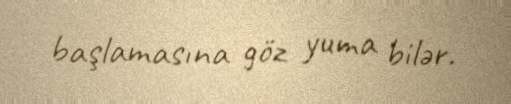
başlamasına göz yuma bilər.